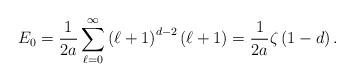
LaTeX: \begin{align*}E_{0}=\frac{1}{2a}\sum _{\ell =0}^{\infty }\left( \ell +1\right) ^{d-2}\left( \ell +1\right) =\frac{1}{2a}\zeta \left( 1-d\right) .\end{align*}